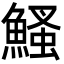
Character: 鰠